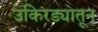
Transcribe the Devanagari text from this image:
उकिरड्यातून